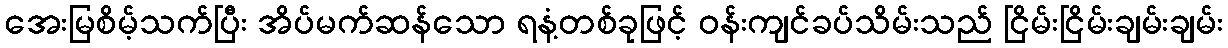
အေးမြစိမ့်သက်ပြီး အိပ်မက်ဆန်သော ရနံ့တစ်ခုဖြင့် ဝန်းကျင်ခပ်သိမ်းသည် ငြိမ်းငြိမ်းချမ်းချမ်း